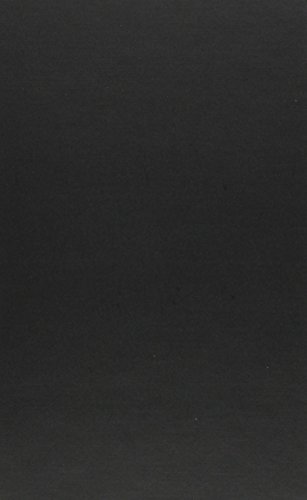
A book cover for Harlan Ellison : The Edge of Forever; Ellen Weil; Science Fiction & Fantasy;